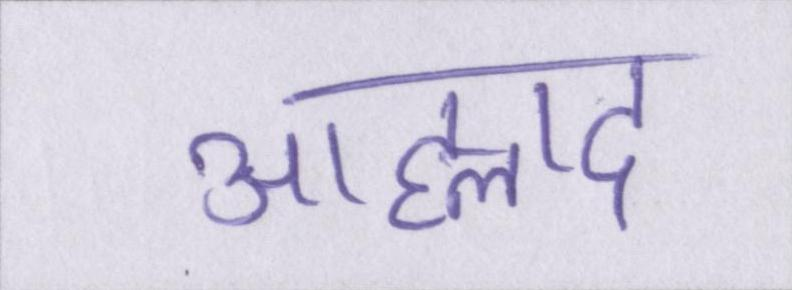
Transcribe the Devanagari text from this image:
आह्लाद